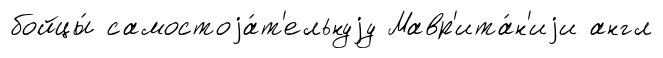
бойцы́ самостоjа́т'ельнуjу Мавр'ита́н'иjи англ